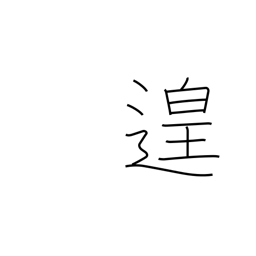
Meaning: leisure